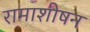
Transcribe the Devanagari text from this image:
रामाशीषन